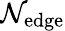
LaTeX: \mathcal{N}_{\mathrm{{edge}}}